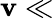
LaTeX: \mathbf{v}\ll